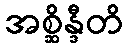
အစ္ဆိန္ဒီတိ